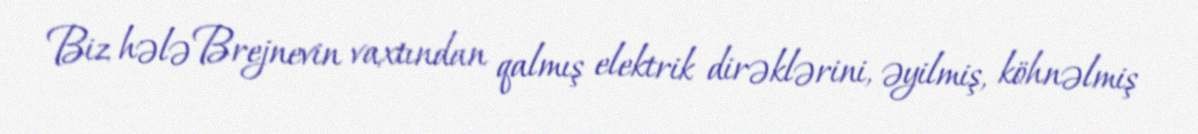
Biz hələ Brejnevin vaxtından qalmış elektrik dirəklərini, əyilmiş, köhnəlmiş